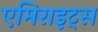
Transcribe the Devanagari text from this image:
एमिराइट्स